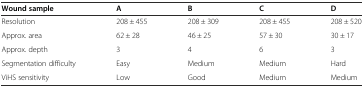
<table><thead><tr><td><b>Wound sample</b></td><td><b>A</b></td><td><b>B</b></td><td><b>C</b></td><td><b>D</b></td></tr></thead><tbody><tr><td>Resolution</td><td>208 ± 455</td><td>208 ± 309</td><td>208 ± 455</td><td>208 ± 520</td></tr><tr><td>Approx. area</td><td>62 ± 28</td><td>46 ± 25</td><td>57 ± 30</td><td>30 ± 17</td></tr><tr><td>Approx. depth</td><td>3</td><td>4</td><td>6</td><td>3</td></tr><tr><td>Segmentation difficulty</td><td>Easy</td><td>Medium</td><td>Medium</td><td>Hard</td></tr><tr><td>ViHS sensitivity</td><td>Low</td><td>Good</td><td>Medium</td><td>Medium</td></tr></tbody></table>